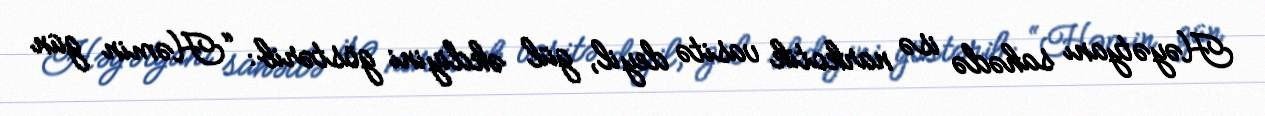
Həyətyanı sahədə isə narkotik vasitə deyil, gül əkdiyini göstərib: “Həmin gün